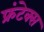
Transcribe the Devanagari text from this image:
फ्रंटेक्स